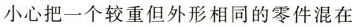
小心把一个较重但外形相同的零件混在